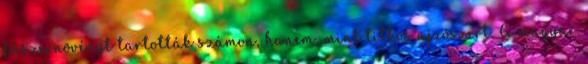
fűszernövényt tartották számon, hanem, mint titkos ajzószert. A magyar